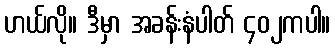
ဟယ်လို။ ဒီမှာ အခန်းနံပါတ် ၄၀၂ကပါ။